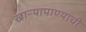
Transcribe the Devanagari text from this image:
खाऱ्यापाण्याची